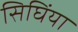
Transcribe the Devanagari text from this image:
सिघिंया